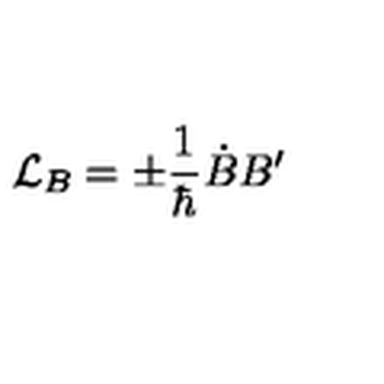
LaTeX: { \cal L } _ { B } = \pm \frac 1 { \hbar } \dot { B } B ^ { \prime }